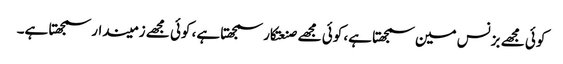
کوئی مجھے بزنس مین سمجھتا ہے، کوئی مجھے صنعتکار سمجھتا ہے، کوئی مجھے زمیندار سمجھتا ہے۔